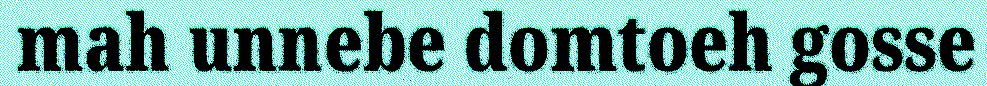
mah unnebe domtoeh gosse